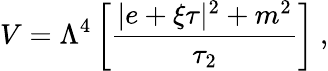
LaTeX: V=\Lambda^{4}\left[{\frac{|e+\xi\tau|^{2}+m^{2}}{\tau_{2}}}\right]\ ,